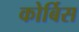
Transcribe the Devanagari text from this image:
कोर्बिस